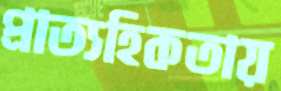
প্রাত্যহিকতায়